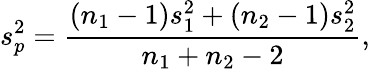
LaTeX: s_{p}^{2}={\frac{(n_{1}-1)s_{1}^{2}+(n_{2}-1)s_{2}^{2}}{n_{1}+n_{2}-2}},